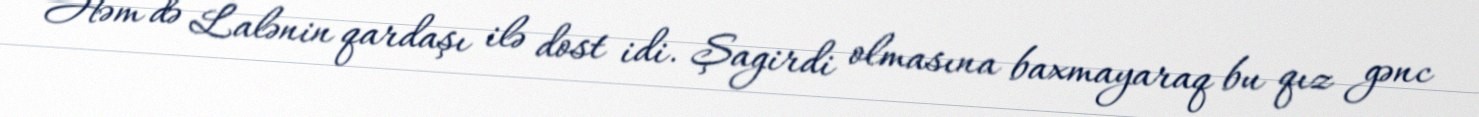
Həm də Lalənin qardaşı ilə dost idi. Şagirdi olmasına baxmayaraq bu qız gənc